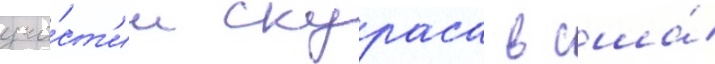
уча́ст'ии скураса в сша́